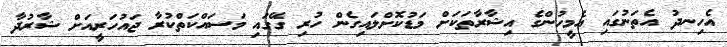
އެހިނދު އެތަނުގައި އެމީހުންގެ އިޝާރާތަކަށް މަޑުކޮށްލައިގެން ހުރި ގޭގައި މަސައްކަތްކުރާ ޖައުހަރީއަށް ޝާރުދާ